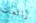
رائعات